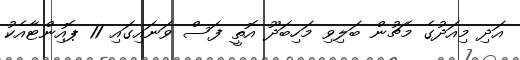
އަދި މިއަދުގެ މެޗުން ބަލިވި މަހިބަދޫ އޮތީ ފަސް ވަނައިގައި 11 ޕޮއިންޓާއެކު